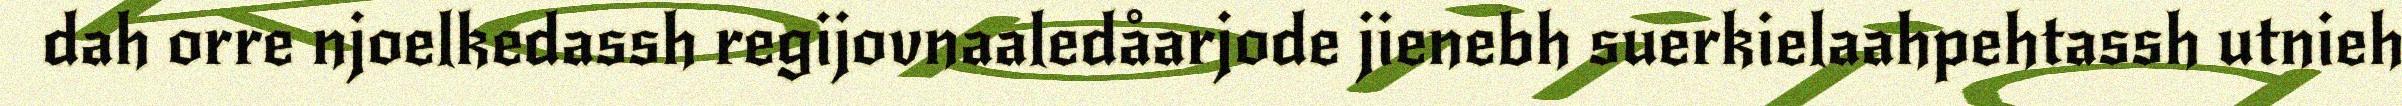
dah orre njoelkedassh regijovnaaledåarjode jienebh suerkielaahpehtassh utnieh